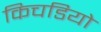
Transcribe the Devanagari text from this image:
किचडियो